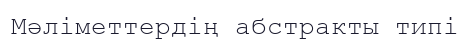
Мәліметтердің абстракты типі